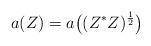
LaTeX: \begin{align*}a(Z) = a\big((Z^*Z)^\frac{1}{2}\big)\end{align*}